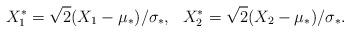
LaTeX: \begin{align*}X_1^* = \sqrt{2}(X_1 - \mu_*)/\sigma_*, ~~X_2^* = \sqrt{2}(X_2 - \mu_*)/\sigma_*.\end{align*}